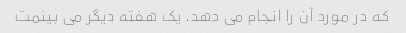
که در مورد آن را انجام می دهد. یک هفته دیگر می بینمت